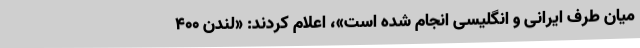
میان طرف ایرانی و انگلیسی انجام شده است»، اعلام کردند: «لندن 400